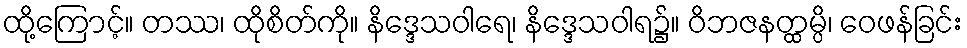
ထို့ကြောင့်။ တဿ၊ ထိုစိတ်ကို။ နိဒ္ဒေသဝါရေ၊ နိဒ္ဒေသဝါရ၌။ ဝိဘဇနတ္ထမ္ပိ၊ ဝေဖန်ခြင်း